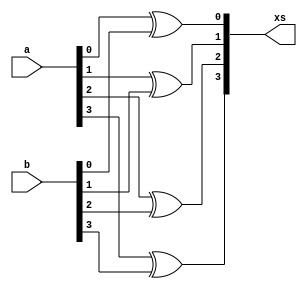
`timescale 1ns / 1ps
//////////////////////////////////////////////////////////////////////////////////
// Company: 
// Engineer: 
// 
// Design Name: 
// Module Name:    xorgate 
// Project Name: 
// Target Devices: 
// Tool versions: 
// Description: 
//
// Dependencies: 
//
// Revision: 
// Revision 0.01 - File Created
// Additional Comments: 
//
//////////////////////////////////////////////////////////////////////////////////
module xorgate(a,b,xs);

input		[3:0]a;
input		[3:0]b;
output	[3:0]xs;

	xor	(xs[0],a[0],b[0]);
	xor	(xs[1],a[1],b[1]);
	xor	(xs[2],a[2],b[2]);
	xor	(xs[3],a[3],b[3]);

endmodule